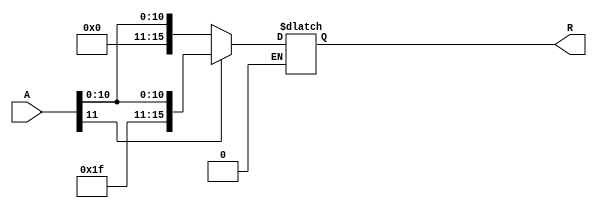
`timescale 1ns / 1ps
//////////////////////////////////////////////////////////////////////////////////
// Company: 		 csse232
// 
// Design Name: 
// Module Name:    Sign_Extender 
// Project Name: 
// Target Devices: 
// Tool versions: 
// Description: 
//
// Dependencies: 
//
// Revision: 
// Revision 0.01 - File Created
// Additional Comments: 
//
//////////////////////////////////////////////////////////////////////////////////
module Sign_Extender(
    input [11:0] A,
    output reg [15:0] R
    );
	 // copy the 12th digit
	 always@* begin
	 if (A[11] == 1'b0) 
		R <= {4'b0000, A}; 
	 if (A[11] == 1'b1)
		R <= {4'b1111, A};
	end 
endmodule